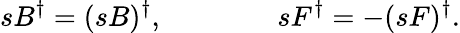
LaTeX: sB^{\dagger}=(sB)^{\dagger},\qquad\qquad sF^{\dagger}=-(sF)^{\dagger}.